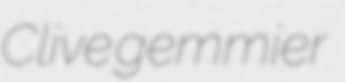
Clive gemmier